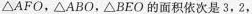
△AFO，△ABO，△BEO的面积依次是3，2，